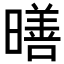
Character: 𪱋